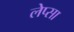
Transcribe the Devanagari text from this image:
लेप्सा